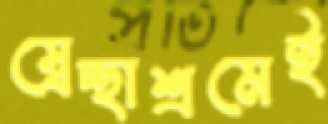
স্বেচ্ছাশ্রমেই